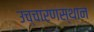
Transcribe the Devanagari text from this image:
उच्चारणस्थान